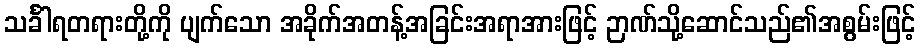
သင်္ခါရတရားတို့ကို ပျက်သော အခိုက်အတန့်အခြင်းအရာအားဖြင့် ဉာဏ်သို့ဆောင်သည်၏အစွမ်းဖြင့်